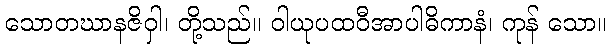
သောတဃာနဇိဝှါ၊ တို့သည်။ ဝါယုပထဝီအာပါဓိကာနံ၊ ကုန် သော။